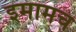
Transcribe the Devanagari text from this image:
इमामच